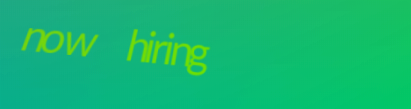
now hiring